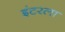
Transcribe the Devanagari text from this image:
इंटरला